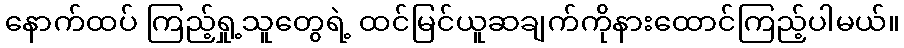
နောက်ထပ် ကြည့်ရှု့သူတွေရဲ့ ထင်မြင်ယူဆချက်ကိုနားထောင်ကြည့်ပါမယ်။